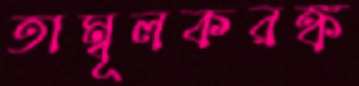
তাম্বূলকরঙ্ক